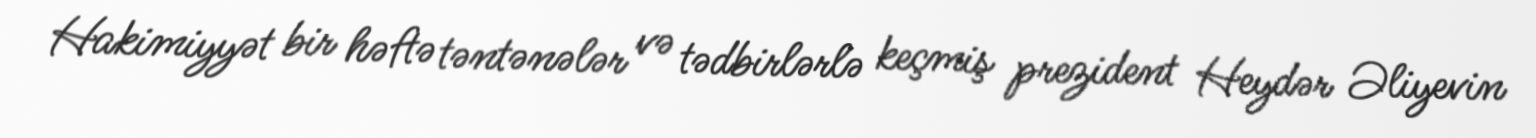
Hakimiyyət bir həftə təntənələr və tədbirlərlə keçmiş prezident Heydər Əliyevin